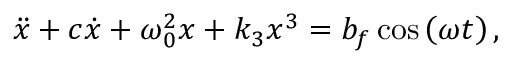
\ddot { x } + c \dot { x } + \omega _ { 0 } ^ { 2 } x + k _ { 3 } x ^ { 3 } = b _ { f } \cos \left( \omega t \right) ,